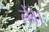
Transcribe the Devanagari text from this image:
लेंवे।